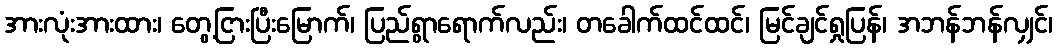
အားလုံးအားထား၊ တွေ့ငြားပြီးမြောက်၊ ပြည်ရွာရောက်လည်း၊ တခေါက်ထင်ထင်၊ မြင်ချင်ရှုပြန်၊ အဘန်ဘန်လျှင်၊